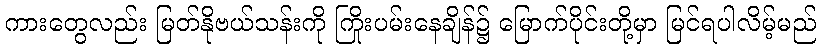
ကားတွေလည်း မြတ်နိုဗယ်သန်းကို ကြိုးပမ်းနေချိန်၌ မြောက်ပိုင်းတို့မှာ မြင်ရပါလိမ့်မည်